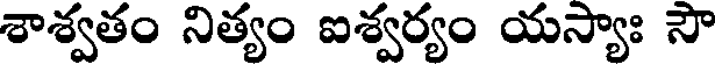
శాశ్వతం నిత్యం ఐశ్వర్యం యస్యాః సౌ